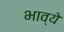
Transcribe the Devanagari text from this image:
भाव्ये